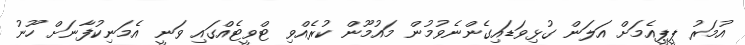
އުމަރު ޕީޕީއެމަށް އަލަން ގުޅިވަޑައިގެންނެވުމުން މައުމޫން ކުރެއްވި ޓްވީޓެއްގައި ވަނީ އެމަނިކުފާނަށް ހޫނު